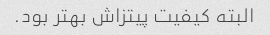
البته کیفیت پیتزاش بهتر بود.